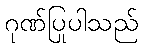
ဂုဏ်ပြုပါသည်